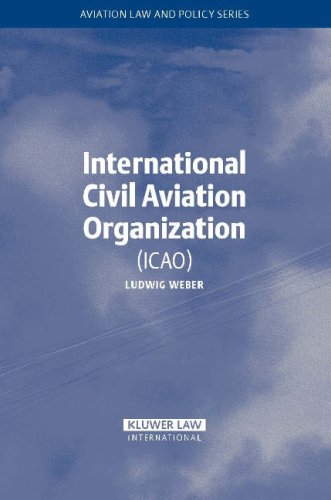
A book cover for International Civil Aviation Organization (Aviation Law and Policy Series); Ludwig Weber; Law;